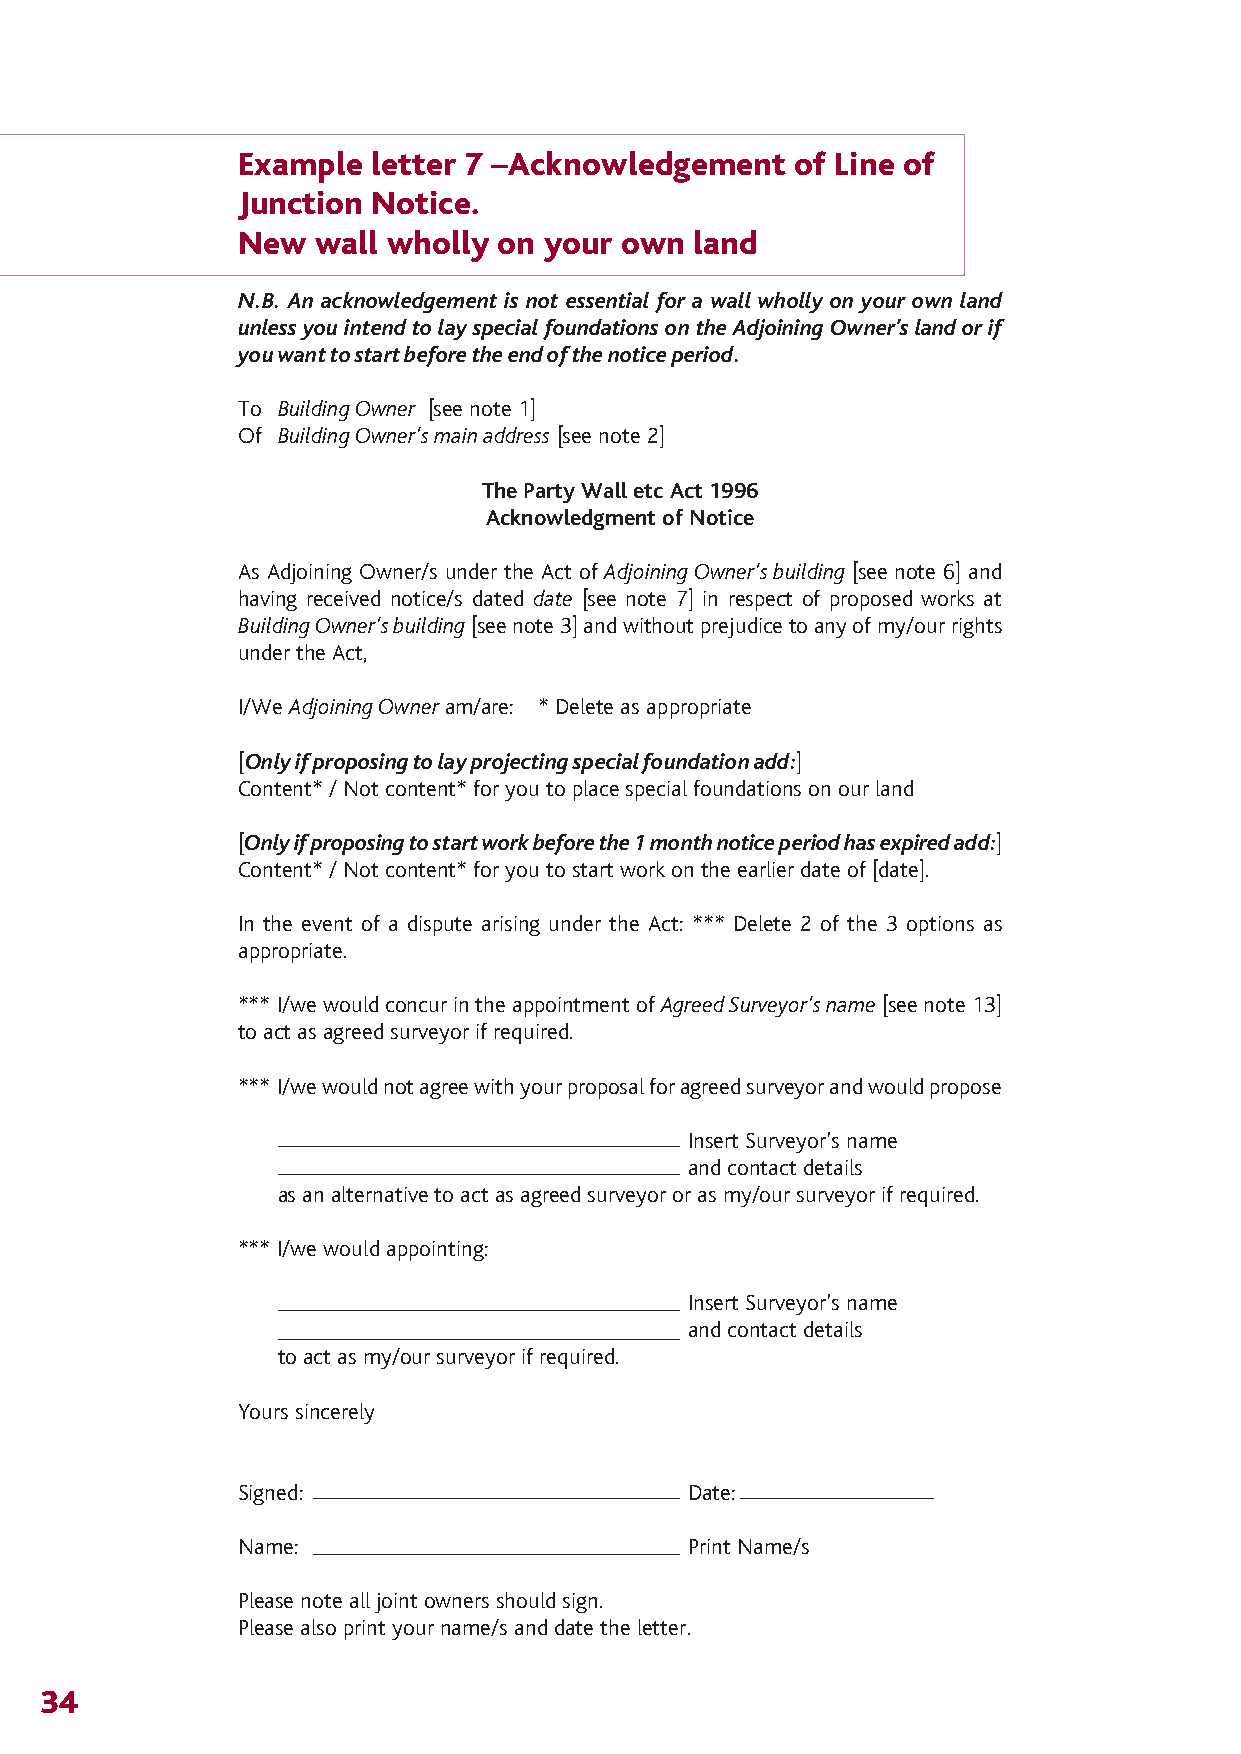
The Party Wall 12/4/07 14:28 Page 37
 Example letter 7 –Acknowledgement   of Line of
 Junction Notice.
 New  wall wholly on your own  land
 N.B. An acknowledgement is not essential for a wall wholly on your own land
 unless you intend to lay special foundations on the Adjoining Owner’s land or if
 you want to start before the end of the notice period.
 To Building Owner [see note 1]
 Of Building Owner’s main address [see note 2]
 The Party Wall etc Act 1996
 Acknowledgment of Notice
 As Adjoining Owner/s under the Act of Adjoining Owner’s building [see note 6] and
 having received notice/s dated date [see note 7] in respect of proposed works at
 Building Owner’s building[see note 3] and without prejudice to any of my/our rights
 under the Act,
 I/We Adjoining Owner am/are: * Delete as appropriate
 [Only if proposing to lay projecting special foundation add:]
 Content* / Not content* for you to place special foundations on our land
 [Only if proposing to start work before the 1 month notice period has expired add:]
 Content* / Not content* for you to start work on the earlier date of [date].
 In the event of a dispute arising under the Act: *** Delete 2 of the 3 options as
 appropriate.
 *** I/we would concur in the appointment of Agreed Surveyor’s name[see note 13]
 to act as agreed surveyor if required.
 *** I/we would not agree with your proposal for agreed surveyor and would propose
 Insert Surveyor’s name
 and contact details
 as an alternative to act as agreed surveyor or as my/our surveyor if required.
 *** I/we would appointing:
 Insert Surveyor’s name
 and contact details
 to act as my/our surveyor if required.
 Yours sincerely
 Signed:                      Date:
 Name:                        Print Name/s
 Please note all joint owners should sign.
 Please also print your name/s and date the letter.
 34